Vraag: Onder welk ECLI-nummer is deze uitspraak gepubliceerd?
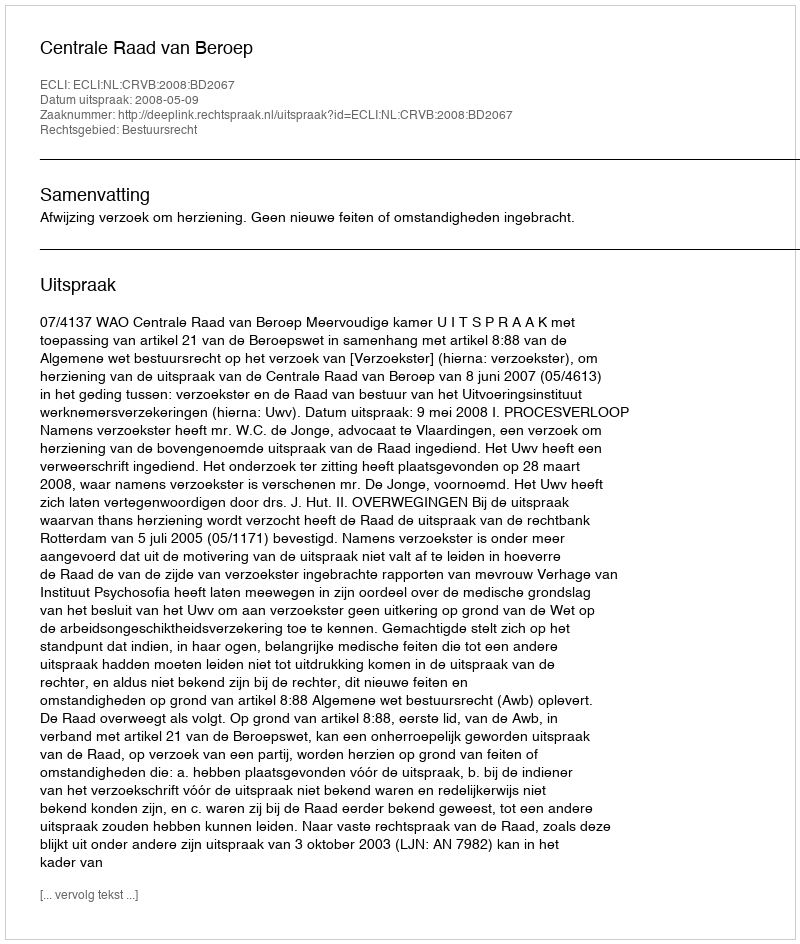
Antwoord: ECLI:NL:CRVB:2008:BD2067